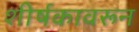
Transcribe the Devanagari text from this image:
शीर्षकावरून